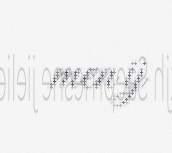
men ij